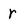
Character: r